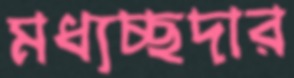
মধ্যচ্ছদার